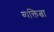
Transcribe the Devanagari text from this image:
व्यक्तित्वा